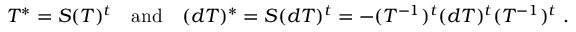
T ^ { * } = { \cal S } ( T ) ^ { t } ~ ~ ~ \mathrm { a n d } ~ ~ ~ ( d T ) ^ { * } = { \cal S } ( d T ) ^ { t } = - ( T ^ { - 1 } ) ^ { t } ( d T ) ^ { t } ( T ^ { - 1 } ) ^ { t } ~ .